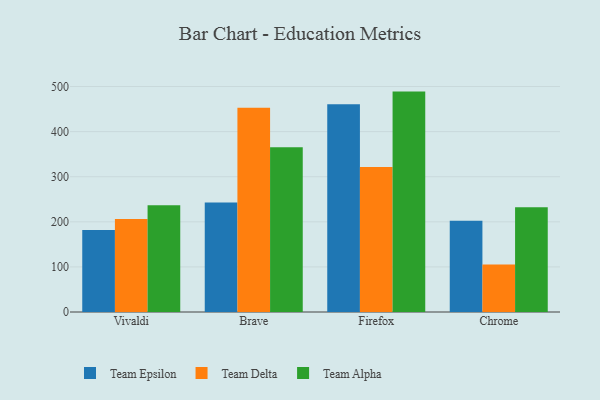
{"axis": {"x": "Browser", "y": "Active Users"}, "legend": ["Team Alpha", "Team Delta", "Team Epsilon"], "data": [{"x": "Vivaldi", "y": 181.9, "type": "Team Epsilon"}, {"x": "Vivaldi", "y": 206.3, "type": "Team Delta"}, {"x": "Vivaldi", "y": 236.7, "type": "Team Alpha"}, {"x": "Brave", "y": 242.6, "type": "Team Epsilon"}, {"x": "Brave", "y": 452.9, "type": "Team Delta"}, {"x": "Brave", "y": 365.4, "type": "Team Alpha"}, {"x": "Firefox", "y": 461.0, "type": "Team Epsilon"}, {"x": "Firefox", "y": 321.6, "type": "Team Delta"}, {"x": "Firefox", "y": 488.8, "type": "Team Alpha"}, {"x": "Chrome", "y": 202.2, "type": "Team Epsilon"}, {"x": "Chrome", "y": 105.5, "type": "Team Delta"}, {"x": "Chrome", "y": 232.2, "type": "Team Alpha"}]}